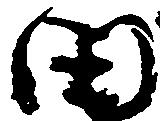
田